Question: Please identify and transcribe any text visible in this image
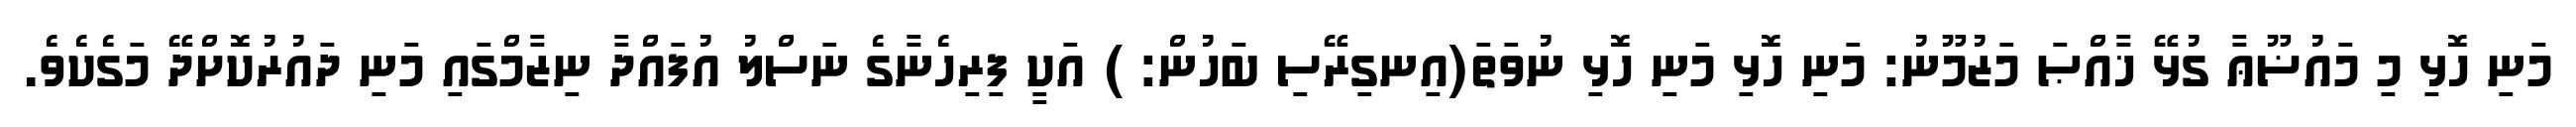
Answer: މަނި ހޮޅި މި މައުޟޫޢާ ގުޅޭ ޚާއްޞަ މަޒުމޫނު: މަނި ހޮޅި މަނި ހޮޅި ނުވަތަ(އިނގިރޭސި ބަހުން: ) އަކީ ފިރިހެނާގެ ނަސްލު އުފައްދާ ނިޒާމްގައި މަނި ދައުރުކޮށްދޭ މަގެކެވެ.